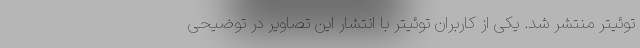
توئیتر منتشر شد. یکی از کاربران توئیتر با انتشار این تصاویر در توضیحی